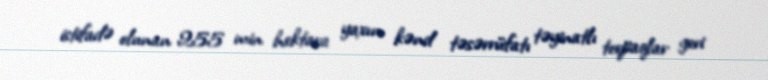
istifadə olunan 255 min hektara yaxın kənd təsərrüfatı təyinatlı torpaqlar geri